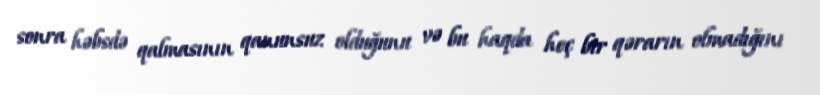
sonra həbsdə qalmasının qanunsuz olduğunu və bu haqda heç bir qərarın olmadığını